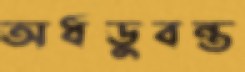
অর্ধডুবন্ত